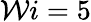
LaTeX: \mathcal{W}i=5